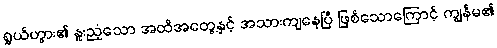
ရွှယ်ဟွား၏ နူးညံ့သော အထိအတွေ့နှင့် အသားကျနေပြီ ဖြစ်သောကြောင့် ကျွန်မ၏